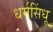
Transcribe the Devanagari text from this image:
धर्मसिंधू